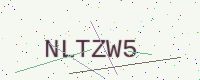
Text: NLTZW5